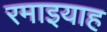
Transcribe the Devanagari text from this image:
रमाइयाह